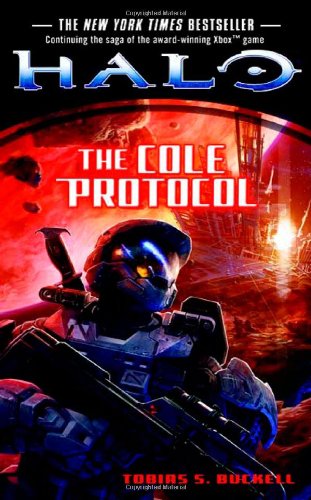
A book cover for Halo: The Cole Protocol; Tobias S. Buckell; Science Fiction & Fantasy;